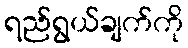
ရည်ရွယ်ချက်ကို